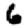
Digit: 6